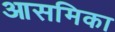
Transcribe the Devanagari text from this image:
आसमिका